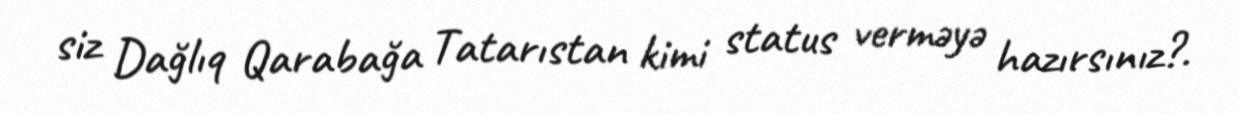
siz Dağlıq Qarabağa Tatarıstan kimi status verməyə hazırsınız?.